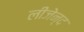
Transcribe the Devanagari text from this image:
लीजेन्द